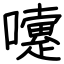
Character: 嚔